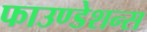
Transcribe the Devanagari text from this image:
फाउण्डेशन्स